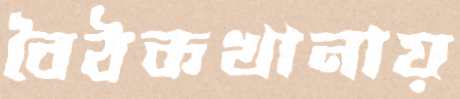
বৈঠকখানায়